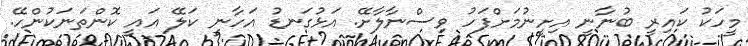
މީހަކު ކައިރީ ބުނާނީ އިށީނުމަށްފަހު ވިސްނާލާށޭ. އަޅުގަނޑު އަހާނީ ކަލޭ އައީ ކޮންތަނަކުންހޭ.